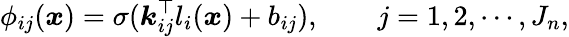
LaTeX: \phi_{ij}(\boldsymbol{x})=\sigma(\boldsymbol{k}_{ij}^{\top}l_{i}(\boldsymbol{x})+b_{ij}),\qquad j=1,2,\cdots,J_{n},